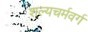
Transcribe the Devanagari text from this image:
शल्यचर्मवर्ग